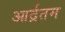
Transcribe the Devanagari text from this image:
आर्द्रतम